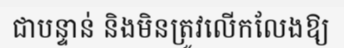
ជាបន្ទាន់ និងមិនត្រូវលើកលែងឱ្យ